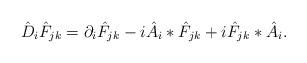
LaTeX: \begin{align*}\hat{D}_i \hat{F}_{jk} =\partial_i \hat{F}_{jk} -i \hat{A}_i \ast \hat{F}_{jk}+i \hat{F}_{jk} \ast \hat{A}_i.\end{align*}